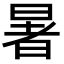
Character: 暑